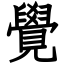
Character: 覺